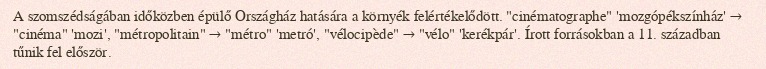
A szomszédságában időközben épülő Országház hatására a környék felértékelődött. "cinématographe" 'mozgópékszínház' → "cinéma" 'mozi', "métropolitain" → "métro" 'metró', "vélocipède" → "vélo" 'kerékpár'. Írott forrásokban a 11. században tűnik fel először.